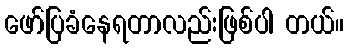
ဖော်ပြခံနေရတာလည်းဖြစ်ပါ တယ်။